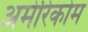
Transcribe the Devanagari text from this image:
अमेरिकोम